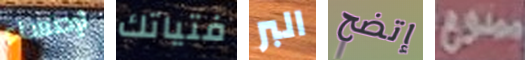
لإحتساء فتياتك البر إتضح ممنوع